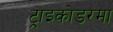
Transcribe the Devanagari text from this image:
ट्राइकोडरमा